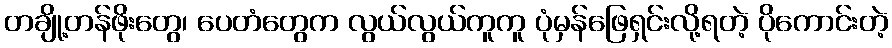
တချို့တန်ဖိုးတွေ၊ ပေတံတွေက လွယ်လွယ်ကူကူ ပုံမှန်ဖြေရှင်းလို့ရတဲ့ ပိုကောင်းတဲ့